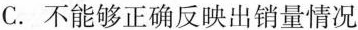
C. 不能够正确反映出销量情况